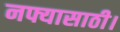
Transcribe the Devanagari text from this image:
नफ्यासाठी।